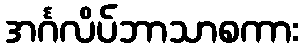
အင်္ဂလိပ်ဘာသာစကား